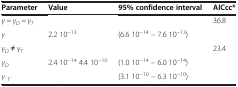
<table><thead><tr><td><b>Parameter</b></td><td><b>Value</b></td><td><b>95% confidence interval</b></td><td><b>AICcc*</b></td></tr></thead><tbody><tr><td colspan="2"><i>γ = γ</i><sub><i>D</i></sub> <i>= γ</i><sub><i>T</i></sub></td><td> </td><td>36.8</td></tr><tr><td><i>γ</i></td><td>2.2 10<sup>-13</sup></td><td>(6.6 10<sup>-14</sup> – 7.6 10<sup>-13</sup>)</td><td> </td></tr><tr><td colspan="2"><i>γ</i><sub><i>D</i></sub> <i>≠ γ</i><sub><i>T</i></sub></td><td> </td><td>23.4</td></tr><tr><td><i>γ</i><sub><i>D</i></sub></td><td>2.4 10<sup>-14</sup> 4.4 10<sup>-10</sup></td><td>(1.0 10<sup>-14</sup> – 6.0 10<sup>-14</sup>)</td><td rowspan="2"> </td></tr><tr><td><i>γ</i><sub><i>T</i></sub></td><td> </td><td>(3.1 10<sup>-10</sup> – 6.3 10<sup>-10</sup>)</td></tr></tbody></table>